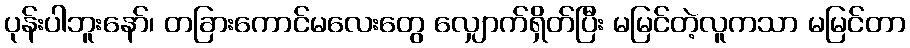
ပုန်းပါဘူးနော်၊ တခြားကောင်မလေးတွေ လျှောက်ရှိတ်ပြီး မမြင်တဲ့လူကသာ မမြင်တာ